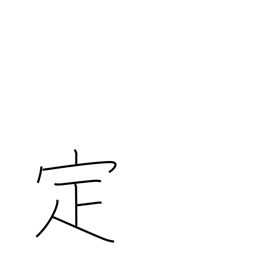
Meaning: determine